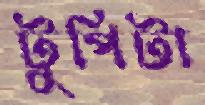
টুপিটা